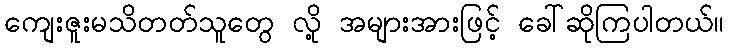
ကျေးဇူးမသိတတ်သူတွေ လို့ အများအားဖြင့် ခေါ်ဆိုကြပါတယ်။